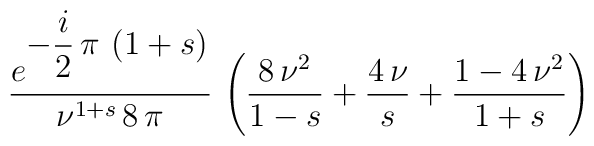
\begin{array}{c}\displaystyle{  \frac{ e^{\displaystyle{-\frac{ i }{2}\,\pi \,\left( 1 + s \right) } }} {{\nu}^{1 + s}\,8\,        \pi }}\,      \left( \frac{8\,{\nu}^2}{1 - s} + \frac{4\,\nu}{s} +        \frac{1 - 4\,{\nu}^2}{1 + s} \right)\end{array}